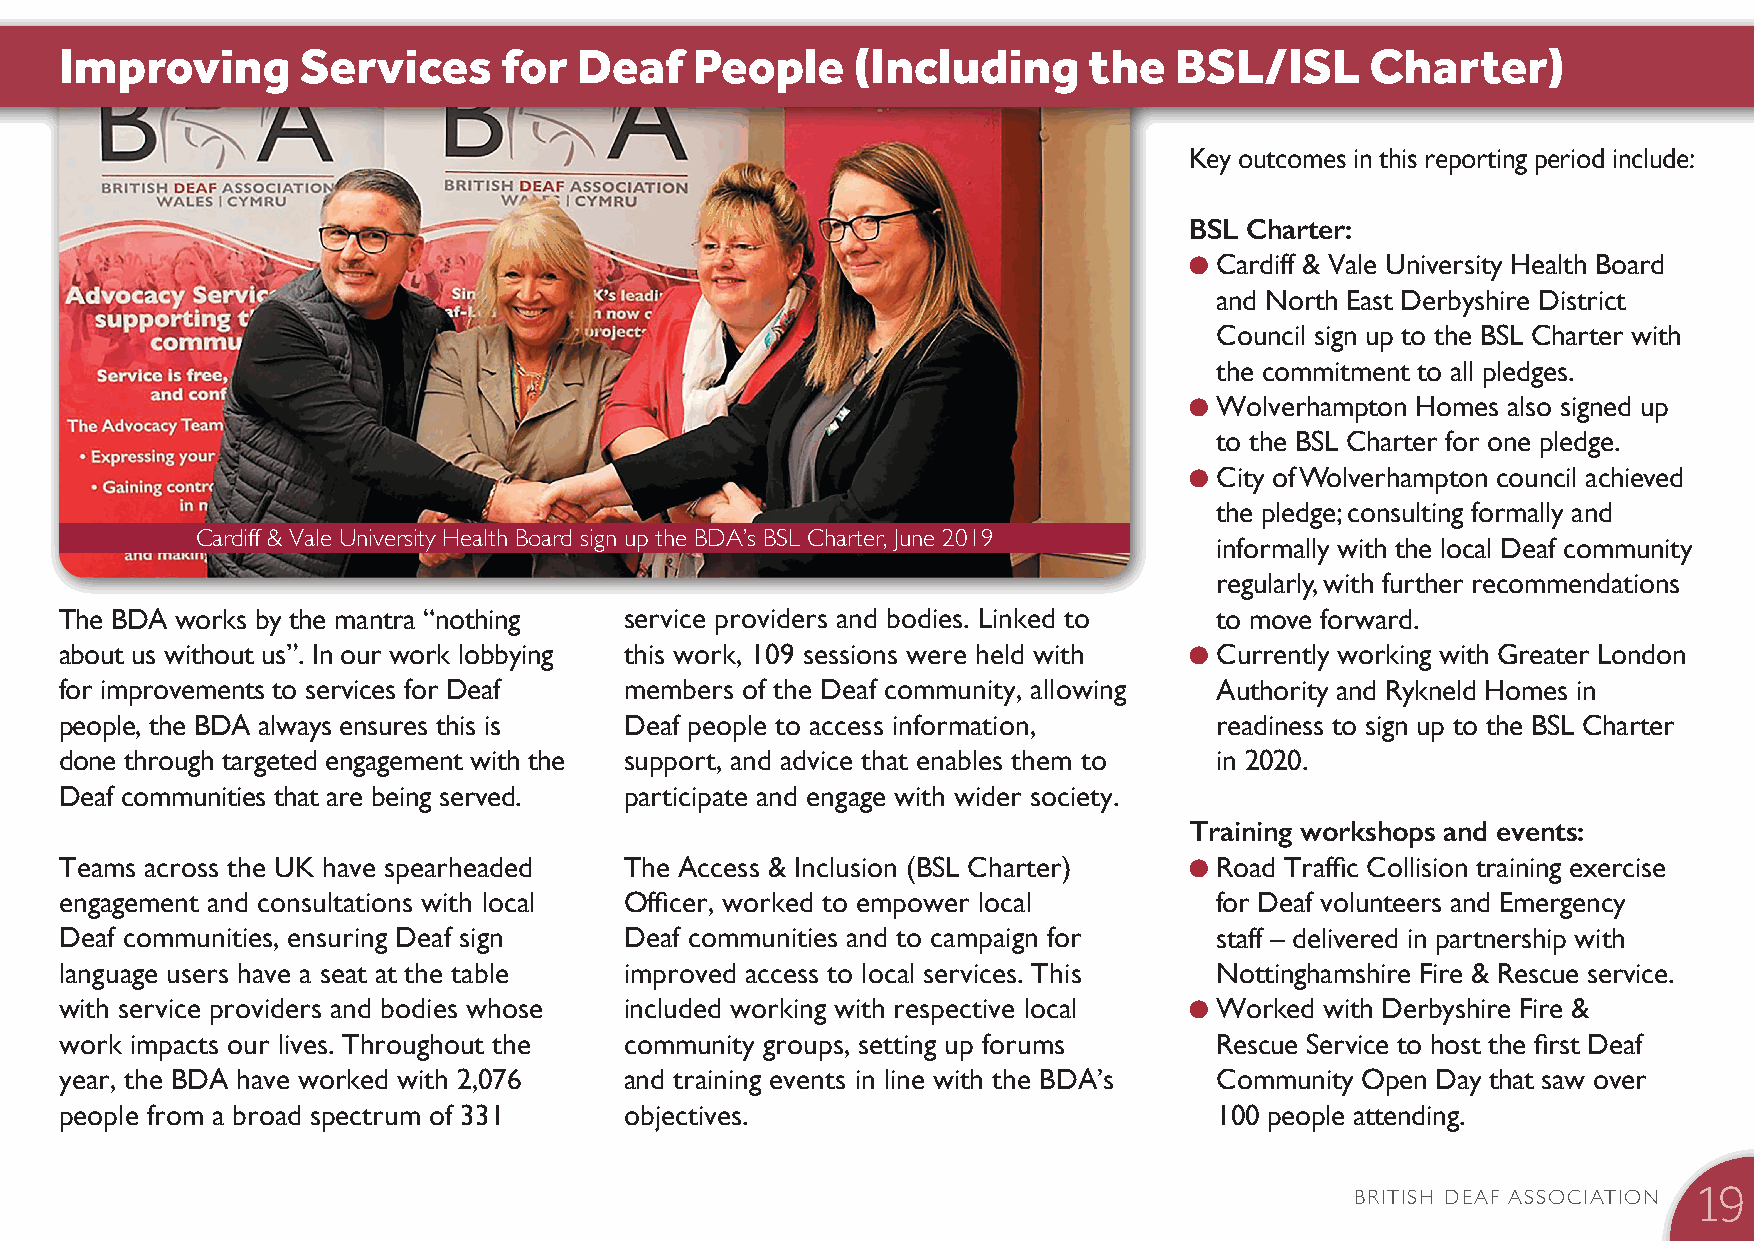
Improving       Services     for  Deaf    People    (Including      the   BSL/ISL      Charter)
 Key outcomes in this reporting period include:
 BSL Charter:
 l C ardiff & Vale University Health Board
 and North East Derbyshire District
 Council sign up to the BSL Charter with
 the commitment to all pledges.
 l W olverhampton Homes also signed up
 to the BSL Charter for one pledge.
 l C ity of Wolverhampton council achieved
 the pledge; consulting formally and
 Cardiff & Vale University Health Board sign up the BDA’s BSL Charter, June 2019 informally with the local Deaf community
 regularly, with further recommendations
 The BDA works by the mantra “nothing service providers and bodies. Linked to to move forward.
 about us without us”. In our work lobbying this work, 109 sessions were held with l C urrently working with Greater London
 for improvements to services for Deaf members of the Deaf community, allowing Authority and Rykneld Homes in
 people, the BDA always ensures this is Deaf people to access information,    readiness to sign up to the BSL Charter
 done through targeted engagement with the support, and advice that enables them to in 2020.
 Deaf communities that are being served. participate and engage with wider society.
 Training workshops and events:
 Teams across the UK have spearheaded The Access & Inclusion (BSL Charter)  l R oad Traffic Collision training exercise
 engagement and consultations with local Officer, worked to empower local     for Deaf volunteers and Emergency
 Deaf communities, ensuring Deaf sign Deaf communities and to campaign for    staff – delivered in partnership with
 language users have a seat at the table improved access to local services. This Nottinghamshire Fire & Rescue service.
 with service providers and bodies whose included working with respective local l W orked with Derbyshire Fire &
 work impacts our lives. Throughout the community groups, setting up forums   Rescue Service to host the first Deaf
 year, the BDA have worked with 2,076 and training events in line with the BDA’s Community Open Day that saw over
 people from a broad spectrum of 331  objectives.                             100 people attending.
 BRITISH DEAF ASSOCIATION
 19